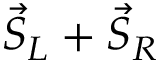
{ \vec { S } } _ { L } + { \vec { S } } _ { R }